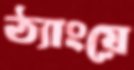
ঠ্যাংয়ে